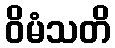
ဝိမံသတိ